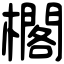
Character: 櫊